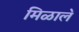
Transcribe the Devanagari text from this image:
मिळाल॓